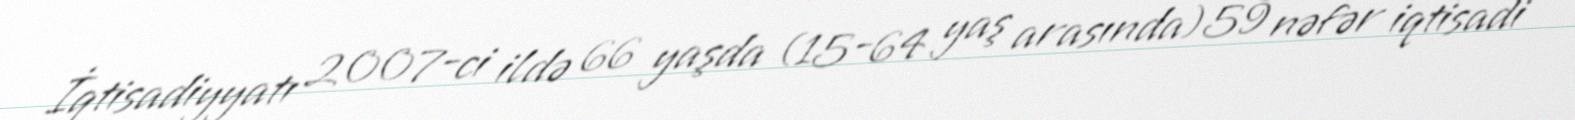
İqtisadiyyatı 2007-ci ildə 66 yaşda (15-64 yaş arasında) 59 nəfər iqtisadi